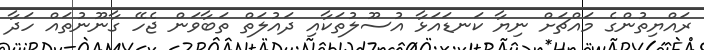
ރައްޔިތުންގެ މައްޗަށް ނިޔާ ކަނޑައަޅާ އުސޫލުތަކާއި ދައުލަތް ތަބާވަން ޖެހޭ ގާނޫނުތައް ހަދާ